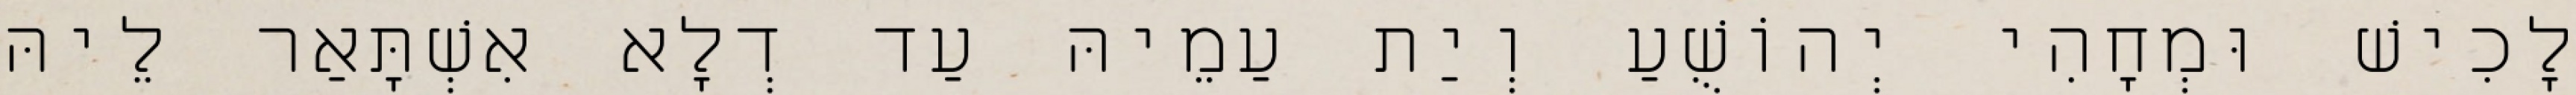
לָכִישׁ וּמְחָהִי יְהוֹשֻׁעַ וְיַת עַמֵיהּ עַד דְלָא אִשְׁתָּאַר לֵיהּ